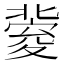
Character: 𡕶